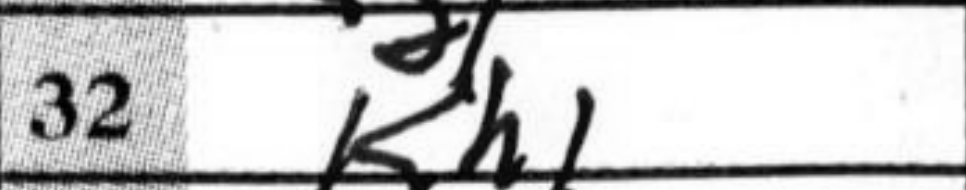
Transcription: Kh1